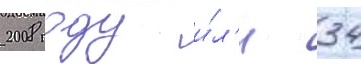
2008 году и́л'и 34